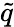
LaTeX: \widetilde{q}